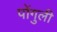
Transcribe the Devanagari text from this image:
पोंगुली